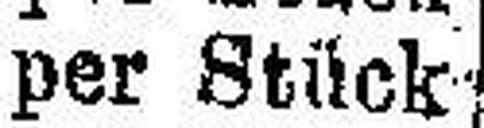
per Stück